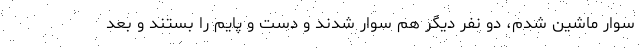
سوار ماشین شدم، دو نفر دیگر هم سوار شدند و دست و پایم را بستند و بعد